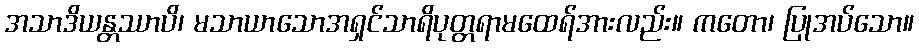
အသာဒိယန္တဿာပိ၊ မသာယာသောအရှင်သာရိပုတ္တရာမထေရ်အားလည်း။ ကတော၊ ပြုအပ်သော။